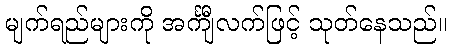
မျက်ရည်များကို အင်္ကျီလက်ဖြင့် သုတ်နေသည်။